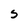
Character: S